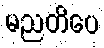
မညတိပေ